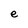
Character: e